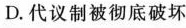
D.代议制被彻底破坏